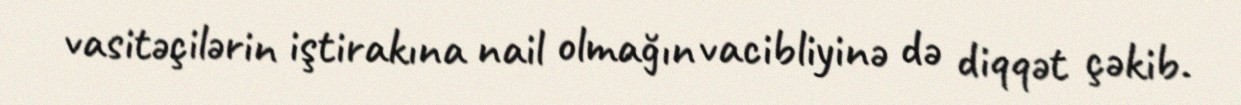
vasitəçilərin iştirakına nail olmağın vacibliyinə də diqqət çəkib.